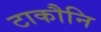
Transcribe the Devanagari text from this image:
टाकौनि